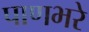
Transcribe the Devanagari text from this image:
पाणभरे